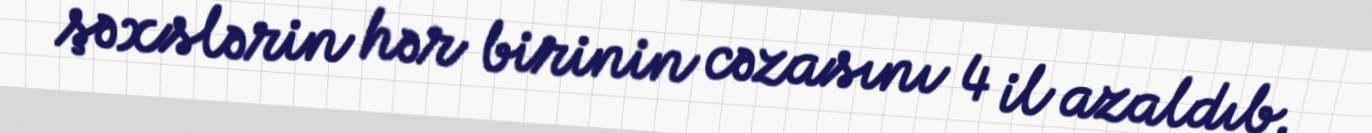
şəxslərin hər birinin cəzasını 4 il azaldıb.